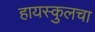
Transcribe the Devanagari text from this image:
हायस्कुलचा